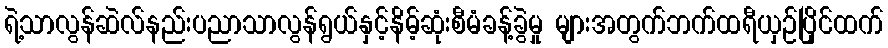
ရဲ့သာလွန်ဆဲလ်နည်းပညာသာလွန်ရွယ်နှင့်နိမ့်ဆုံးစီမံခန့်ခွဲမှု များအတွက်ဘက်ထရီယှဉ်ပြိုင်ထက်